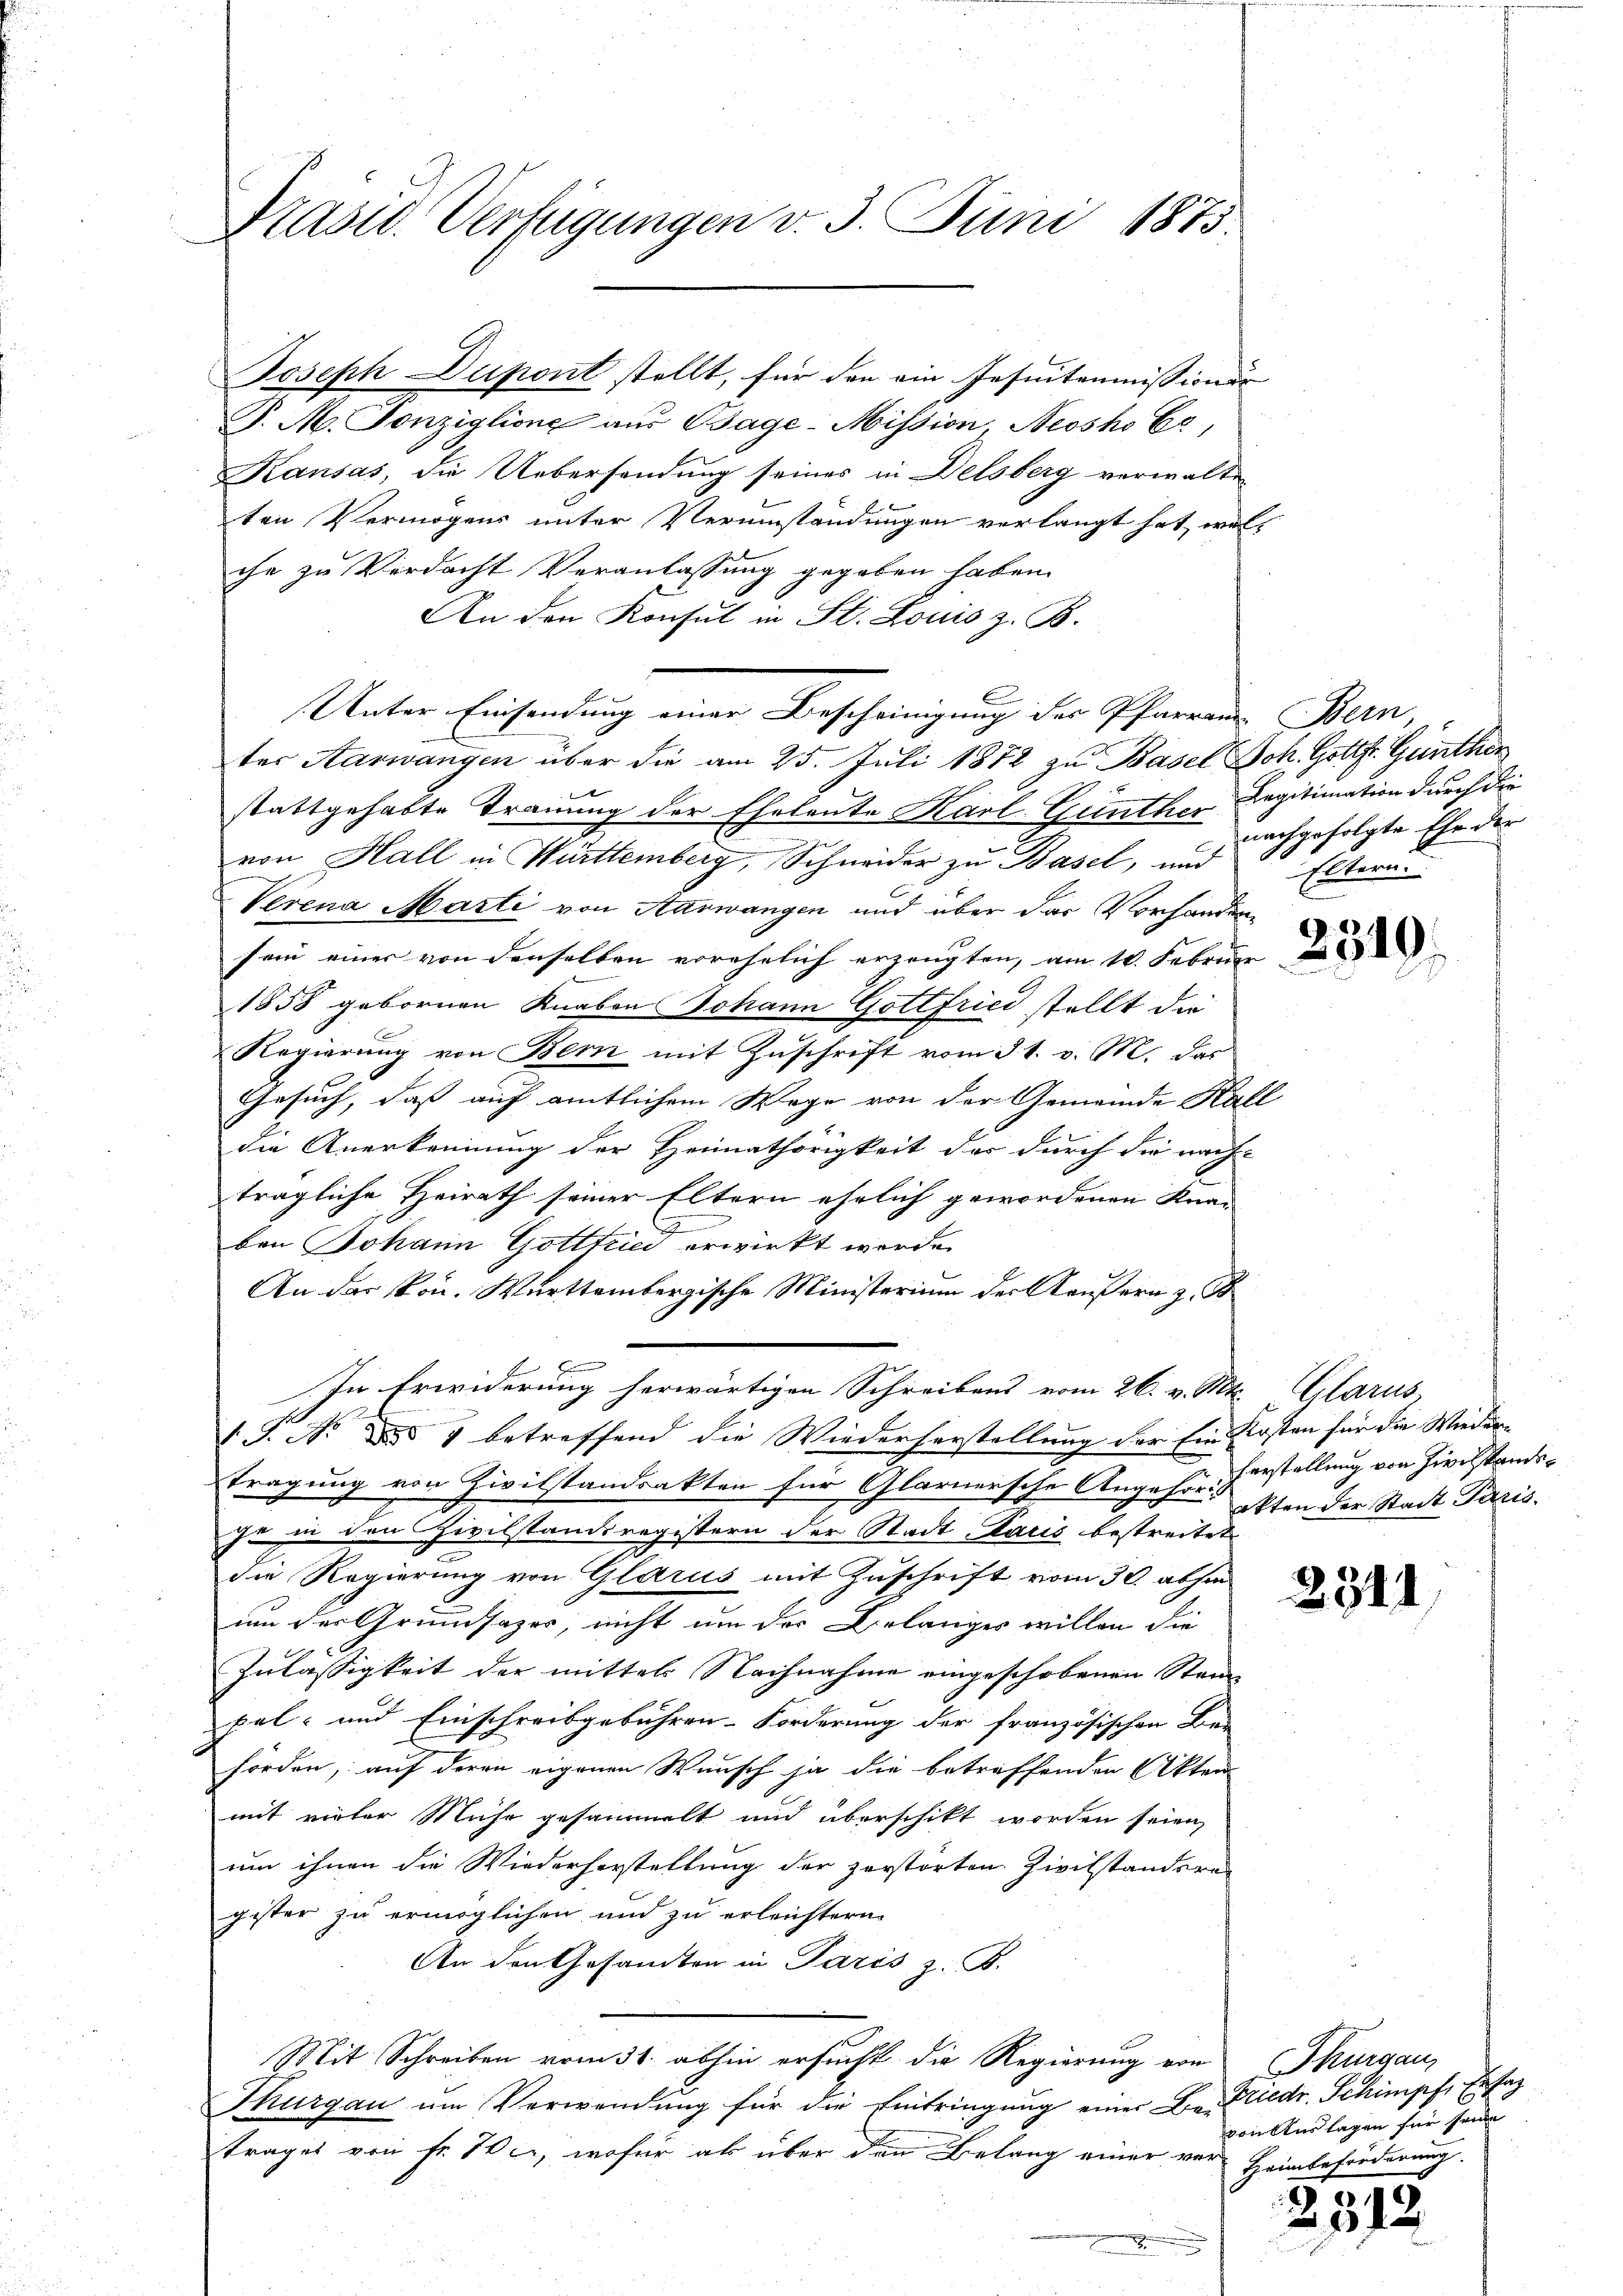
Präsid. Verfügungen v. 3. Juni 1873.

P. M. Tonziglione aus Bage-Mission, Neosho Er,
Kausas, die Uebersendung seines in Delsberg verwalten
ten Vermögens unter Verumständungen verlangt hat, woll
che zu Verdacht Veranlassung gegeben haben.
An den Konsul in St. Louis z. B.
Unter Einsendung einer Bescheinigung des Pfarrer Bern,
ter Aarwangen über die am 25. Juli 1872 zu Basel Joh. Gottfr. Günther
stattgehabte Trauung der Eheleute Karl-Günther Legitimation durch die
von Hall in Württemberg, Schneider zu Basel, und
Verena Marti von Aarwangen und über das Vorhanden
sein einer von denselben vorehelich erzeugten, am 10. Februar
1858 gebornen Knaben Johann Gottfried stellt die
Regierŭng von Bern mit Zŭschrift vom 31. v. M. das
Gesuch, daß auf amtlichem Wege von der Gemeinde Hall
die Anerkennung der Heimathörigkeit des durch die nach-
trägliche Heirath seiner Eltern ehelich gewordenen Knaben Johann Gottfried erwirkt werde.
An das von. Württembergische Ministerium der Aeußern z. B
In Erwiderung herwärtigen Schreibens vom 26. v. Mts. Glarus,
1J. N. § 1 betreffend die Wiederherstellung der Ein Kosten für die Wieder-
tragung von Zivilstandsakten für Glarnersche Angehör, isten der Stadt Pariszu in den Zivilstandsregistern der Stadt Paris bestreitet
die Regierung von Glarus mit Zuschrift vom 30. abhin
um der Grundsazes, nicht um der Belanger willen die
Zulässigkeit der mittels Nachnahme eingeschobenen Stand
pel- und Einschreibgebühren-Forderung der französischen Be-
hörden, auf deren eigenen Wunsch ja die betreffenden Akten
mit vieler Muhr gesammelt und überschikt worden seien,
um ihnen die Wiederherstellung der zerstorten. Zivilstandern
gister zu ermöglichen und zu erleichtern.
An den Gesandten in Paris z. B.
Mit Schreiben vom 31. abhin ersucht die Regierung von Thurgau,
Thurgau ŭm Verwendŭng für die Eintringŭng einer Be- Friedr. Schimpf, Ersat
trages von Fr. 70, wofür ab über den Belang einer vor Heimbeförderung.
.

Joseph Dupont stellt, für den ein Insutommissionsr

nachgefolgte Ehe der
Extern

Verstellung von Ziechstands¬

2311

von Auslagen für seine

2312